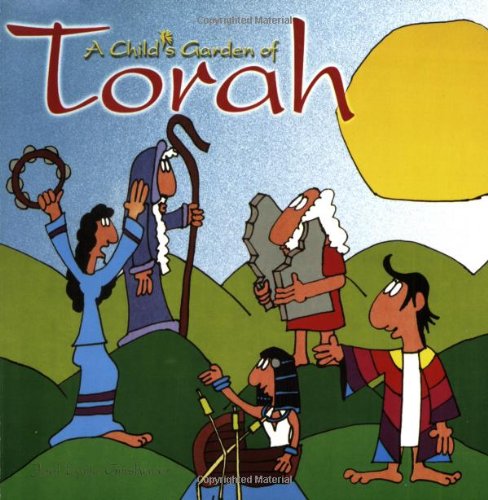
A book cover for A Child's Garden of Torah: A Read-Aloud Bedtime Bible; Joel Lurie Grishaver; Children's Books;